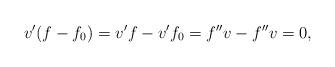
LaTeX: \begin{align*}v'(f-f_0)=v'f-v'f_0=f''v-f''v=0,\end{align*}